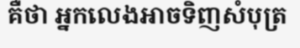
គឺថា អ្នកលេងអាចទិញសំបុត្រ